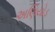
અણિયોડ